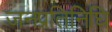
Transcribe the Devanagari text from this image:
जनप्रतिनिघि